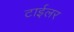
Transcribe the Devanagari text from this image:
टाईलर